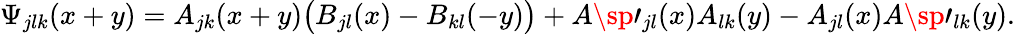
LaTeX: \Psi_{jlk}(x+y)=A_{jk}(x+y)\big(B_{jl}(x)-B_{kl}(-y)\big)+A\sp\prime_{jl}(x)A_{lk}(y)-A_{jl}(x)A\sp\prime_{lk}(y).